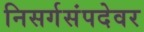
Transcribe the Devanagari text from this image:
निसर्गसंपदेवर